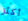
أكثر